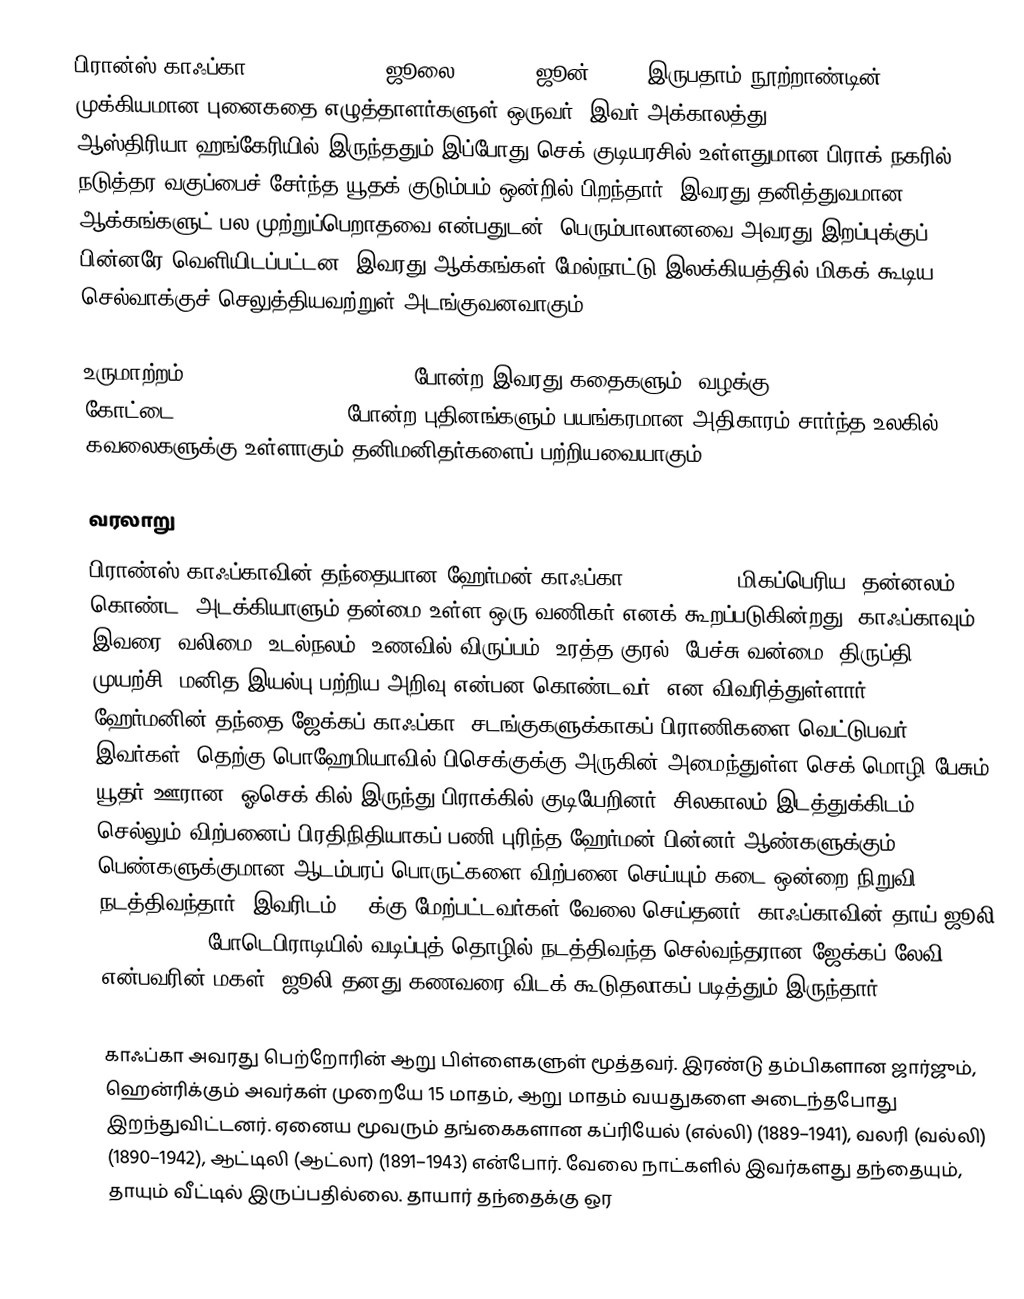
பிரான்ஸ் காஃப்கா (Franz Kafka, 3 ஜூலை 1883 – 3 ஜூன் 1924) இருபதாம் நூற்றாண்டின் முக்கியமான புனைகதை எழுத்தாளர்களுள் ஒருவர். இவர் அக்காலத்து ஆஸ்திரியா-ஹங்கேரியில் இருந்ததும் இப்போது செக் குடியரசில் உள்ளதுமான பிராக் நகரில், நடுத்தர வகுப்பைச் சேர்ந்த யூதக் குடும்பம் ஒன்றில் பிறந்தார். இவரது தனித்துவமான ஆக்கங்களுட் பல முற்றுப்பெறாதவை என்பதுடன், பெரும்பாலானவை அவரது இறப்புக்குப் பின்னரே வெளியிடப்பட்டன. இவரது ஆக்கங்கள் மேல்நாட்டு இலக்கியத்தில் மிகக் கூடிய செல்வாக்குச் செலுத்தியவற்றுள் அடங்குவனவாகும்.

உருமாற்றம் (The Metamorphosis - 1915) போன்ற இவரது கதைகளும், வழக்கு (The Trial - 1925), கோட்டை (The Castle - 1926) போன்ற புதினங்களும் பயங்கரமான அதிகாரம் சார்ந்த உலகில் கவலைகளுக்கு உள்ளாகும் தனிமனிதர்களைப் பற்றியவையாகும்.

வரலாறு
பிராண்ஸ் காஃப்காவின் தந்தையான ஹேர்மன் காஃப்கா (1852–1931), மிகப்பெரிய, தன்னலம் கொண்ட, அடக்கியாளும் தன்மை உள்ள ஒரு வணிகர் எனக் கூறப்படுகின்றது. காஃப்காவும் இவரை "வலிமை, உடல்நலம், உணவில் விருப்பம், உரத்த குரல், பேச்சு வன்மை, திருப்தி, முயற்சி, மனித இயல்பு பற்றிய அறிவு என்பன கொண்டவர்" என விவரித்துள்ளார். ஹேர்மனின் தந்தை ஜேக்கப் காஃப்கா, சடங்குகளுக்காகப் பிராணிகளை வெட்டுபவர். இவர்கள், தெற்கு பொஹேமியாவில் பிசெக்குக்கு அருகின் அமைந்துள்ள செக் மொழி பேசும் யூதர் ஊரான "ஓசெக்"கில் இருந்து பிராக்கில் குடியேறினர். சிலகாலம் இடத்துக்கிடம் செல்லும் விற்பனைப் பிரதிநிதியாகப் பணி புரிந்த ஹேர்மன் பின்னர் ஆண்களுக்கும், பெண்களுக்குமான ஆடம்பரப் பொருட்களை விற்பனை செய்யும் கடை ஒன்றை நிறுவி நடத்திவந்தார். இவரிடம் 15 க்கு மேற்பட்டவர்கள் வேலை செய்தனர். காஃப்காவின் தாய் ஜூலி (1856—1934), போடெபிராடியில் வடிப்புத் தொழில் நடத்திவந்த செல்வந்தரான ஜேக்கப் லேவி என்பவரின் மகள். ஜூலி தனது கணவரை விடக் கூடுதலாகப் படித்தும் இருந்தார்.

காஃப்கா அவரது பெற்றோரின் ஆறு பிள்ளைகளுள் மூத்தவர். இரண்டு தம்பிகளான ஜார்ஜும், ஹென்ரிக்கும் அவர்கள் முறையே 15 மாதம், ஆறு மாதம் வயதுகளை அடைந்தபோது இறந்துவிட்டனர். ஏனைய மூவரும் தங்கைகளான கப்ரியேல் (எல்லி) (1889–1941), வலரி (வல்லி) (1890–1942), ஆட்டிலி (ஆட்லா) (1891–1943) என்போர். வேலை நாட்களில் இவர்களது தந்தையும், தாயும் வீட்டில் இருப்பதில்லை. தாயார் தந்தைக்கு ஒர